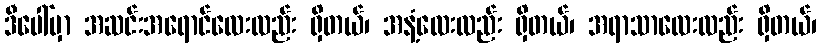
ဒီပေါ်မှာ အဆင်းအရောင်လေးလည်း ရှိတယ်၊ အနံ့လေးလည်း ရှိတယ်၊ အရာသာလေးလည်း ရှိတယ်၊